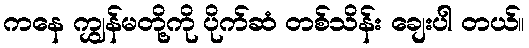
ကနေ ကျွှန်မတို့ကို ပိုက်ဆံ တစ်သိန်း ချေးပါ တယ်။